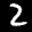
Label: 2